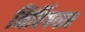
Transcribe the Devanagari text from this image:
निर्विषयत्व